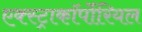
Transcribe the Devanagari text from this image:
एक्स्ट्राकॉर्पोरियल